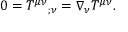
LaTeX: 0 = T ^ { \mu \nu } { } _ { ; \nu } = \nabla _ { \nu } T ^ { \mu \nu } { } .